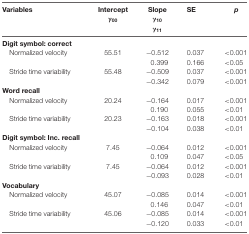
<table><thead><tr><td><b>Variables</b></td><td><b>Intercept <i>γ</i><sub>00</sub></b></td><td><b>Slope <i>γ</i><sub>10</sub><i>γ</i><sub>11</sub></b></td><td><b>SE</b></td><td><b><i>p</i></b></td></tr></thead><tbody><tr><td><b>Digit symbol: correct</b></td></tr><tr><td>Normalized velocity</td><td>55.51</td><td>−0.512</td><td>0.037</td><td>&lt;0.001</td></tr><tr><td></td><td></td><td>0.399</td><td>0.166</td><td>&lt;0.05</td></tr><tr><td>Stride time variability</td><td>55.48</td><td>−0.509</td><td>0.037</td><td>&lt;0.001</td></tr><tr><td></td><td></td><td>−0.342</td><td>0.079</td><td>&lt;0.001</td></tr><tr><td><b>Word recall</b></td></tr><tr><td>Normalized velocity</td><td>20.24</td><td>−0.164</td><td>0.017</td><td>&lt;0.001</td></tr><tr><td></td><td></td><td>0.190</td><td>0.055</td><td>&lt;0.01</td></tr><tr><td>Stride time variability</td><td>20.23</td><td>−0.163</td><td>0.018</td><td>&lt;0.001</td></tr><tr><td></td><td></td><td>−0.104</td><td>0.038</td><td>&lt;0.01</td></tr><tr><td><b>Digit symbol: Inc. recall</b></td></tr><tr><td>Normalized velocity</td><td>7.45</td><td>−0.064</td><td>0.012</td><td>&lt;0.001</td></tr><tr><td></td><td></td><td>0.109</td><td>0.047</td><td>&lt;0.05</td></tr><tr><td>Stride time variability</td><td>7.45</td><td>−0.064</td><td>0.012</td><td>&lt;0.001</td></tr><tr><td></td><td></td><td>−0.093</td><td>0.028</td><td>&lt;0.01</td></tr><tr><td><b>Vocabulary</b></td></tr><tr><td>Normalized velocity</td><td>45.07</td><td>−0.085</td><td>0.014</td><td>&lt;0.001</td></tr><tr><td></td><td></td><td>0.146</td><td>0.047</td><td>&lt;0.01</td></tr><tr><td>Stride time variability</td><td>45.06</td><td>−0.085</td><td>0.014</td><td>&lt;0.001</td></tr><tr><td></td><td></td><td>−0.120</td><td>0.033</td><td>&lt;0.01</td></tr></tbody></table>